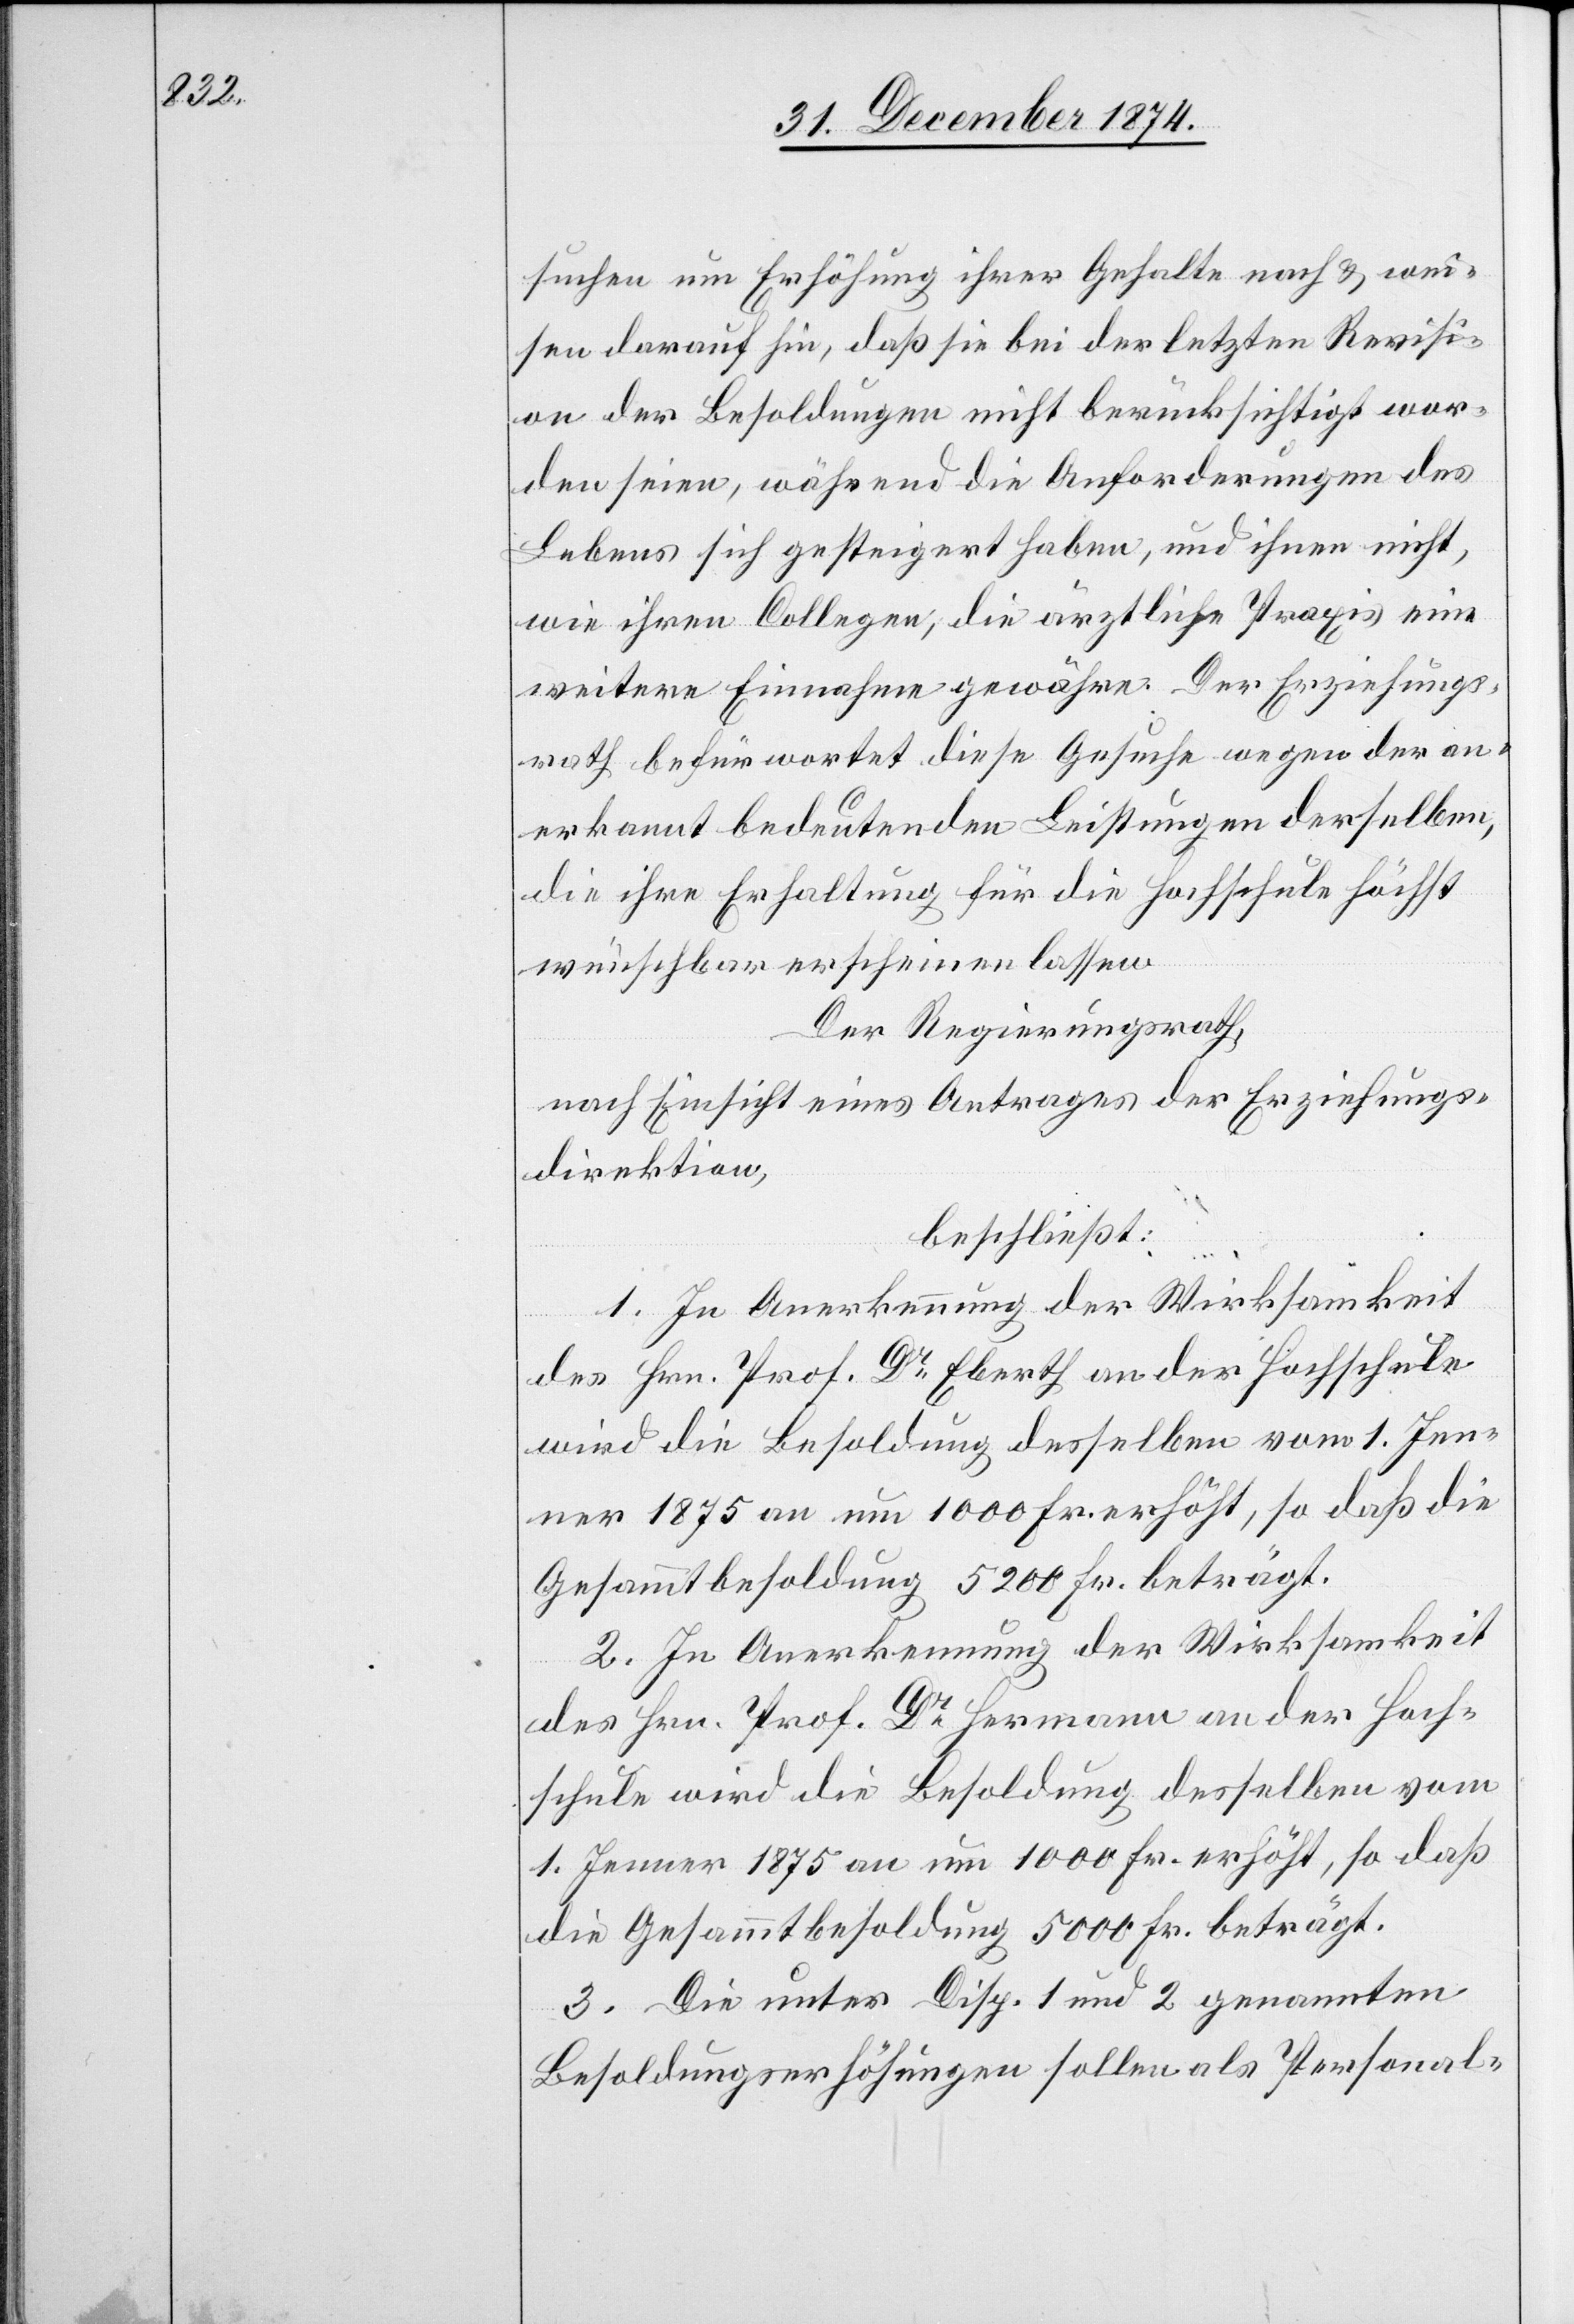
suchen um Erhöhung ihrer Gehalte nach & wei¬
sen darauf hin, daß sie bei der letzten Revisi¬
on der Besoldungen nicht berücksichtigt wor¬
den seien, während die Anforderungen des
Lebens sich gesteigert haben, und ihnen nicht,
wie ihren Collegen, die ärztliche Praxis eine
weitere Einnahme gewähre. Der Erziehungs¬
rath befürwortet diese Gesuche wegen der an¬
erkannt bedeutenden Leistungen derselben,
die ihre Erhaltung für die Hochschule höchst
wünschbar erscheinen lasse.
Der Regierungsrath,
nach Einsicht eines Antrages der Erziehungs¬
direktion,
beschließt:
1. In Anerkennung der Wirksamkeit
des Hrn. Prof. Dr Eberth [sic!] an der Hochschule
wird die Besoldung desselben vom 1. Jen¬
ner 1875 an um 1000 Fr. erhöht, so daß die
Gesammtbesoldung 5200 Fr. beträgt.
2. In Anerkennung der Wirksamkeit
des Hrn. Prof. Dr Hermann an der Hoch¬
schule wird die Besoldung desselben vom
1. Jenner 1875 an um 1000 Fr. erhöht, so daß
die Gesammtbesoldung 5000 Fr. beträgt.
3. Die unter Disp. 1 und 2 genannten
Besoldungserhöhungen sollen als Personal-